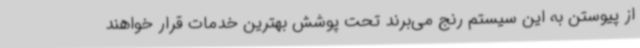
از پیوستن به این سیستم رنج می‌برند تحت پوشش بهترین خدمات قرار خواهند